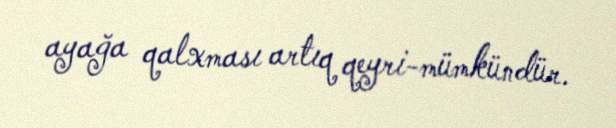
ayağa qalxması artıq qeyri-mümkündür.